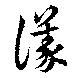
議